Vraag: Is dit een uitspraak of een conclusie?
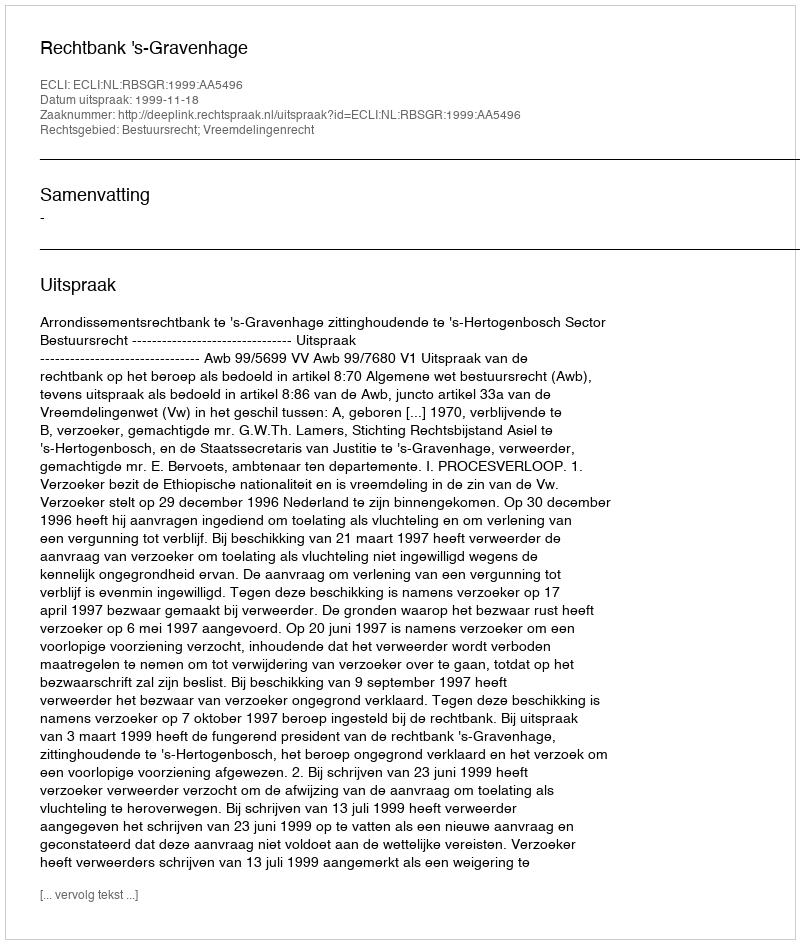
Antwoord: Uitspraak